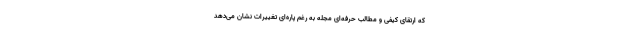
که ارتقای کیفی و مطالب حرفه‌ای مجله به رغم پاره‌ای تغییرات نشان می‌دهد